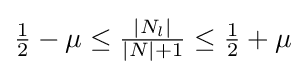
{\tfrac {1}{2}}-\mu \leq {\tfrac {|N_{l}|}{|N|+1}}\leq {\tfrac {1}{2}}+\mu